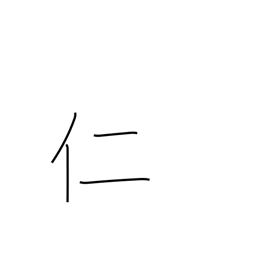
Meaning: man